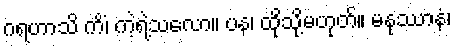
ဂရဟာသိ ကိံ၊ ကဲ့ရဲ့သလော။ ပန၊ ထိုသို့မဟုတ်။ မနုဿာနံ၊